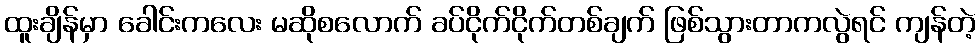
ထူးချိန်မှာ ခေါင်းကလေး မဆိုစလောက် ခပ်ငိုက်ငိုက်တစ်ချက် ဖြစ်သွားတာကလွဲရင် ကျန်တဲ့